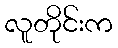
လူတိုင်းက